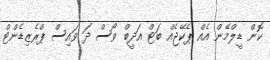
ކޮން ޑީލްމޭން އެއް ޕެކޭޖެއް ބަޓް އަދީބް ވޯސް ދަ ވައިސް ޕްރެޒިޑެންޓް